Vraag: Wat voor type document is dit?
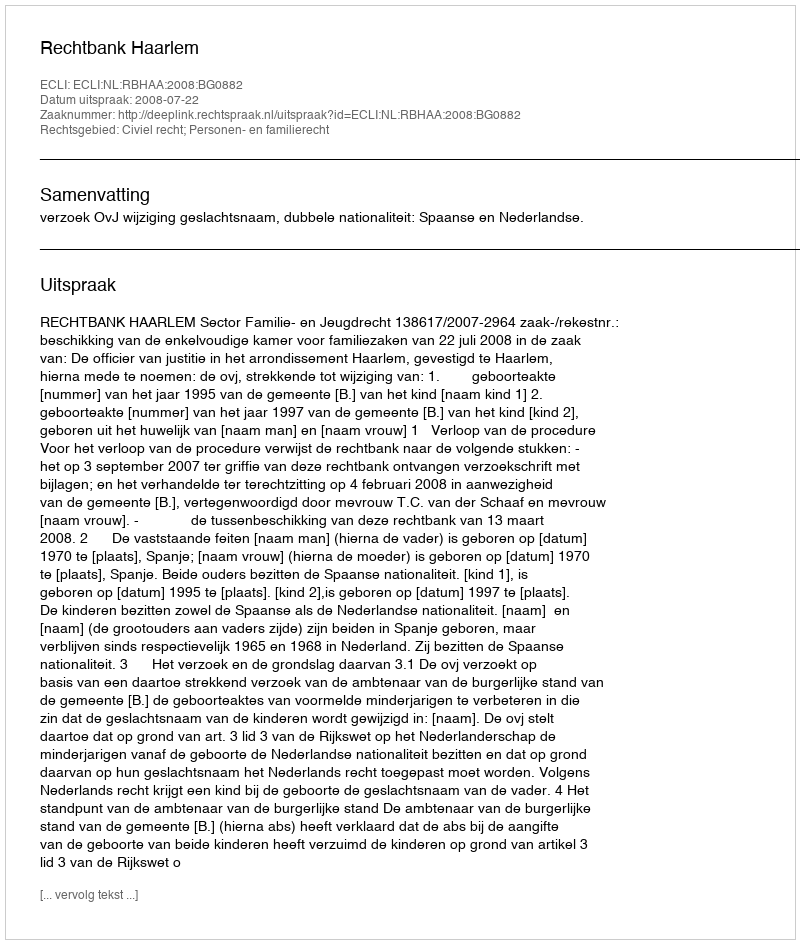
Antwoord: Uitspraak